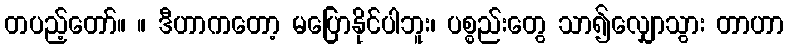
တပည့်တော်။ ။ ဒီဟာကတော့ မပြောနိုင်ပါဘူး၊ ပစ္စည်းတွေ သာ၍လျှောသွား တာဟာ